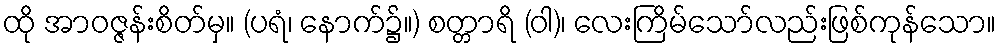
ထို အာဝဇ္ဇန်းစိတ်မှ။ (ပရံ၊ နောက်၌။) စတ္တာရိ (ဝါ)၊ လေးကြိမ်သော်လည်းဖြစ်ကုန်သော။